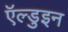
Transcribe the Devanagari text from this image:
ऍल्डुइन